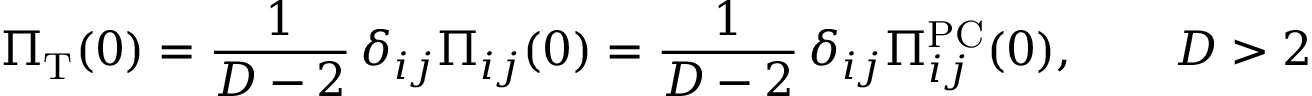
\Pi _ { \mathrm { T } } ( 0 ) = \frac { 1 } { D - 2 } \, \delta _ { i j } \Pi _ { i j } ( 0 ) = \frac { 1 } { D - 2 } \, \delta _ { i j } \Pi _ { i j } ^ { \mathrm { P C } } ( 0 ) , \qquad D > 2